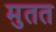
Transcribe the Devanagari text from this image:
मुतत